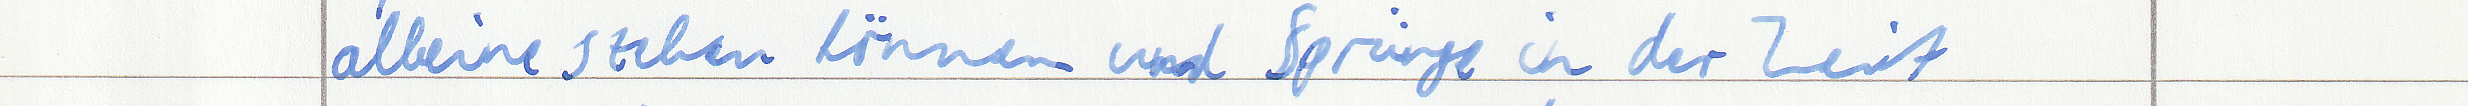
alleine stehen können und Sprünge in der Zeit